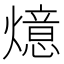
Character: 燱